Annual report of the Madras Medical College
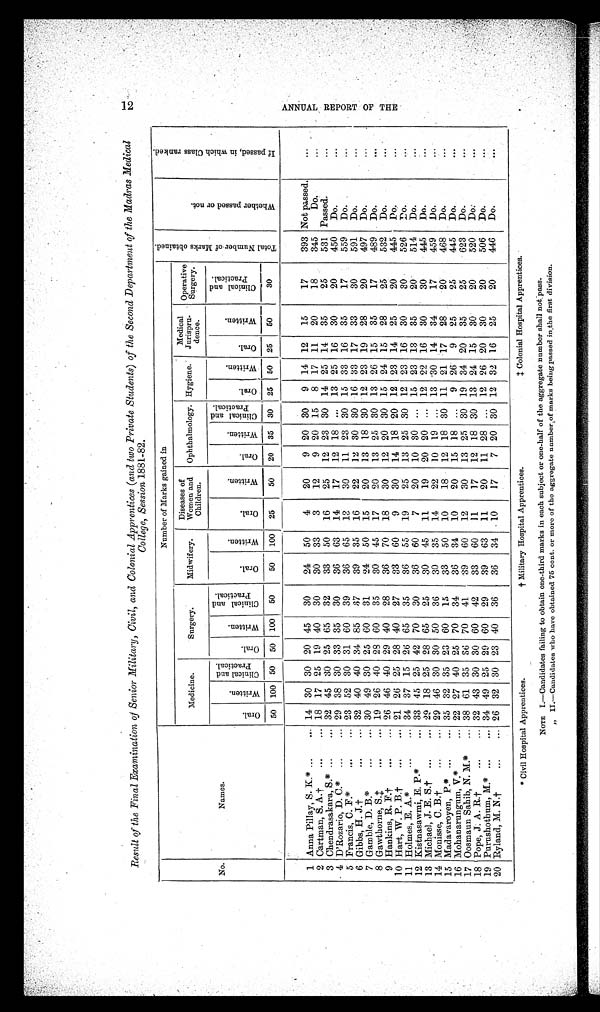
Result of the Final Examination of Senior Military, Civil, and Colonial Apprentices (and two Private Students) of the Second Department of the Madras Medical
College, Session 1881-82.
No.
Names.
Number of Marks gained in
T o t a l N u m b e r o f M a r k s o b t a i n e d .
Wh e t h e r p a s s e d o r n o t .
I f p a s s e d , i n w h i c h C l a s s r a n k e d .
Medicine.
Surgery.
Midwifery.
Diseases of
Women and
Children.
Ophthalmology. Hygiene.
Medical
Jurispru-
dence.
Operative
Surgery.
Oral.
Wri t t en.
Cl i ni cal and
Practical.
Oral.
Wri t t en.
Cl i ni cal and
Pr act i cal .
O r a l .
Wri t t en.
Oral .
Wri t t en.
Oral .
Wri t t en.
Cl i ni cal and
Practical.
Oral.
Wr i t t en.
Oral.
Wr i t t en.
Clinical and
Practical.
50 100 50
50
100
50
50
100
25
50
20
35
30
25
50
25
50
30
1 Anna Pillay, S. K.* ...
... 14
30 30
20 45
30
24
50
4
20
9
20
30
9
14 12
15
17
393 Not passed.
2 Cartman, S. A.†
...
... 18
17 25
19 40
30
30
33
3
12
9
20
15
8
17
11
20
18
345
Do.
...
3 Chendrasakara, S.* ...
... 32 45
30
25
65
32
33
50
16
25
12
23
30
14
25
14
35
25
531 Passed.
. . .
4 D'Rozario, D. C.*
...
... 29
38
30
33
35
30
36
6 3
14
17
12
18
. . . 13 25
16
30
20
450
Do.
. . .
5 Francis, C. F.*
...
... 23
52
30
31
60
39
36
65
13
30
11
23
30
15
33
16
35
17
559
Do.
...
6 Gibbs, H. J.†
...
... 32 40 40 34 85
37
39
35
16
22
12
30
30
16
3 3 17
33
30
591
Do.
. . .
7 Gamble, D. B.*
...
... 30
49 30
25
60
31
24
50
15
20
13
18 30
12
23
19
28
20
497
Do.
8 Gawthorne, S.‡ ...
... 19
26 4.0
28 60
35
30
45
17
20
13
25
30
13
26
15
35
17
489
Do.
. . .
9 Hankins, R. F.† ... ...
26 46 40
29 40
28
36
70
18
30
12 20
30 15
24
15
28
25
532
Do.
. . .
10 Hart, W. P. B.†
...
... 21
26
25
28 40
27
33
60
9
30
14 18 20
12
23
14
25
20
4 4 5
D o .
. . .
11 Holmes, E. A.*
...
... 34
37 15
26 65
35
36
55
19
25
13 25
30
12
23
16
30
30
526
Do.
. . .
12 Kistnasawmi E. P.
*
... 33 45
25 42
70
30
36
60
7
20
10
30
. . . 15
23
13
35
20
514
Do.
...
13 Michael, J. E. S.†
...
...
2 9
18
25
28 65
25
30
45
11
19
20
20
...
12
22
16
30
30
445
Do.
. . .
14 Monisse, C. B.†
...
... 29 46
30
30 50
36
30
35
14
22
10
19
. . . 13
30
14
34
17
459
Do.
...
15 Madavaroyen, P.* ...
... 35
32
35
23
60
1 5
33
50
10
18
12
18
30
11
21
17
28
20
468
Do.
...
16 Mohanarungum, V.
*
... 22
27 40
25
70
34
36
34
10
20
15
18
. . . 9
26
9
25
25
445
Do.
. . .
17 Oosmaun Sahib, N. M.
*
... 38 61
35
3 6 70
41
39
60
12
30
13 25
30
19
34 20
35
25
623
Do.
...
18 Pope, J. A. R.†
...
... 32 43
30
30
60
42
33
60
11
1 7
12
18
30
13
24
15
30
20
520
D o .
. . .
19 Purushothum, M.*
... 34 49
25 29 60
29
39
63
11
20
11
2
. . . 12
26
20
30
20
506
Do.
...
20 Ryland, M. N.†
...
... 26
32
30
23
40
36
36
34
10
17
7
20
30 12
32
16
25
20
446
Do.
. . .
* Civil Hospital Apprentices.
† Military Hospital Apprentices.
‡ Colonial Hospital Apprentices.
NOTE I.—Candidates failing to obtain one-third marks in each subject or one-half of the aggregate number shall not pass.
„ II.—Candidates who have obtained 75 cent. or more of the aggregate number of marks being passed in the first division.
12 ANNUAL REPORT OF THE